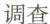
调查